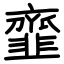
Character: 韲